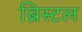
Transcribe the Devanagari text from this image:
ब्रिस्‍टल